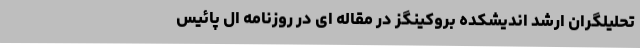
تحلیلگران ارشد اندیشکده بروکینگز در مقاله ای در روزنامه ال پائیس